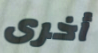
أخرى